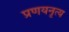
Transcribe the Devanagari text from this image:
प्रणयनृत्य